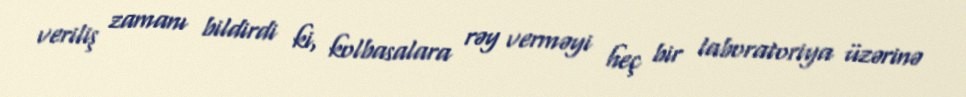
veriliş zamanı bildirdi ki, kolbasalara rəy verməyi heç bir laboratoriya üzərinə